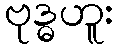
ဗုဒ္ဓဟူး